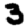
Digit: 3